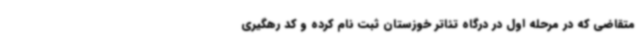
متقاضی که در مرحله اول در درگاه تئاتر خوزستان ثبت نام کرده و کد رهگیری